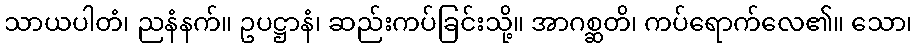
သာယပါတံ၊ ညနံနက်။ ဥပဋ္ဌာနံ၊ ဆည်းကပ်ခြင်းသို့။ အာဂစ္ဆတိ၊ ကပ်ရောက်လေ၏။ သော၊